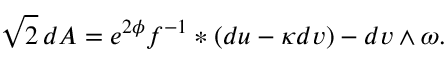
\sqrt { 2 } \, d A = e ^ { 2 \phi } f ^ { - 1 } \ast ( d u - \kappa d v ) - d v \wedge \omega .